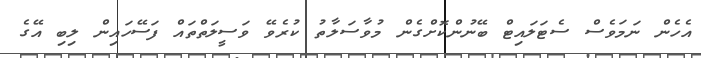
އެހެން ނަމަވެސް ސެޓަލައިޓް ބޭނުންކޮށްގެން މުވާސަލާތު ކުރެވޭ ވަސީލަތްތައް ފަސޭހައިން ލިބި އޭގެ